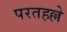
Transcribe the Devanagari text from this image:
परतहल्ले